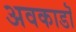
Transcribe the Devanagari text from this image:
अवकाडॊ